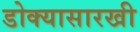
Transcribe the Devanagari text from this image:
डोक्यासारखी